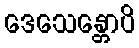
ဒေသေန္တောပိ